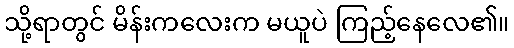
သို့ရာတွင် မိန်းကလေးက မယူပဲ ကြည့်နေလေ၏။